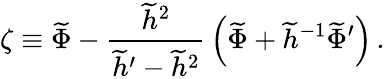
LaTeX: \zeta\equiv\widetilde{\Phi}-{\frac{\widetilde{h}^{2}}{\widetilde{h}^{\prime}-\widetilde{h}^{2}}}\left(\widetilde\Phi+\widetilde{h}^{-1}\widetilde{\Phi}^{\prime}\right)\, .